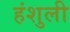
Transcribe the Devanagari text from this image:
हंशुली